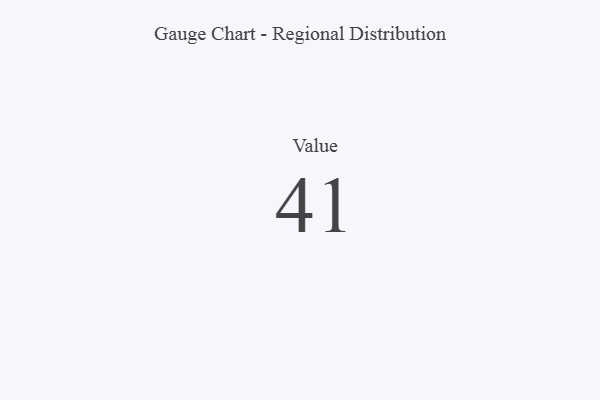
{"axis": {"x": "Metric", "y": "Value"}, "legend": [""], "data": [{"x": "Value", "y": 41, "type": ""}]}